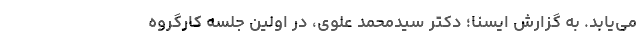
می‌یابد. به گزارش ایسنا؛ دکتر سیدمحمد علوی، در اولین جلسه کارگروه